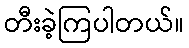
တီးခဲ့ကြပါတယ်။